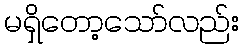
မရှိတော့သော်လည်း